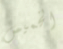
الخميس